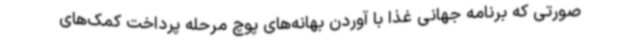
صورتی که برنامه جهانی غذا با آوردن بهانه‌های پوچ مرحله پرداخت کمک‌های